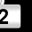
Digit: 2